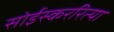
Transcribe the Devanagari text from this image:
सोईस्कररित्या